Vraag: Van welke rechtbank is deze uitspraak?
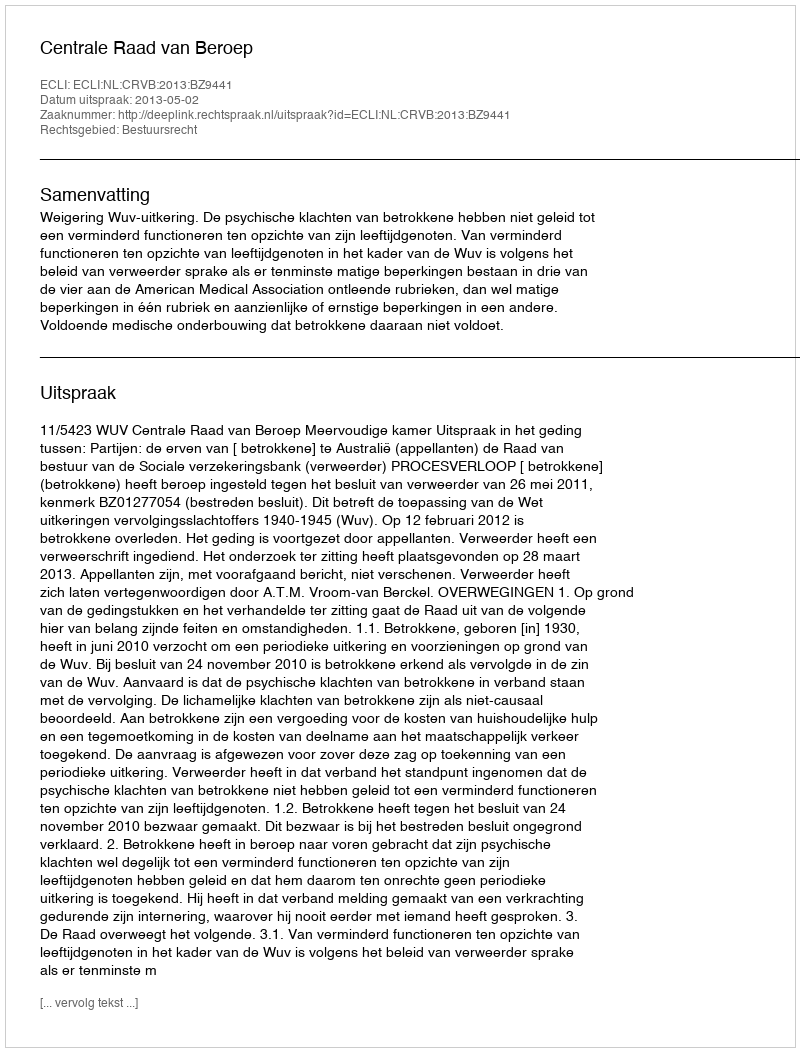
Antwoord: Centrale Raad van Beroep